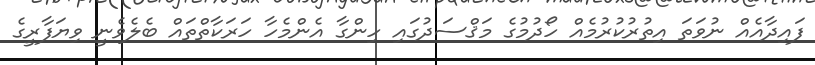
ފައިދާއެއް ނުވަތަ އިތުރުކުރުމެއް ހޯދުމުގެ މަޤްސަދުގައި ހިންގާ އެންމެހާ ހަރަކާތްތައް ބެލެވެނީ ވިޔަފާރީގެ